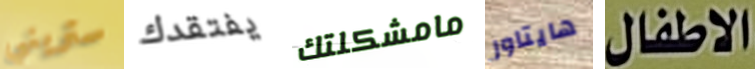
ستريني يفتقدك مامشكلتك هايتاور الاطفال